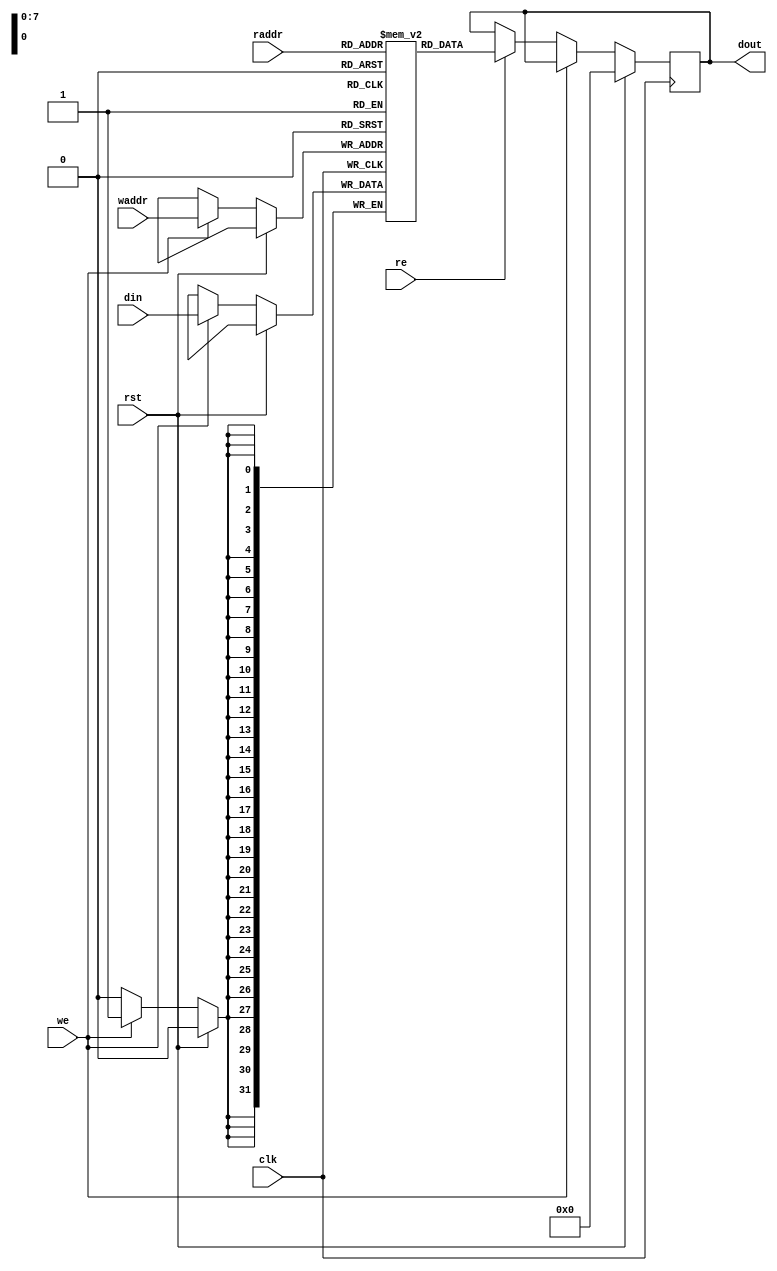

module mem_ram #
(
  parameter DATA_WIDTH = 32,
  parameter ADDR_WIDTH = 8
)
(
  input clk,
  input rst,
  input we,
  input re,
  input [ADDR_WIDTH-1:0] raddr,
  input [ADDR_WIDTH-1:0] waddr,
  input [DATA_WIDTH-1:0] din,
  output reg [DATA_WIDTH-1:0] dout
);

  // (*RAM_STYLE = "{AUTO | BLOCK |  BLOCK_POWER1 | BLOCK_POWER2}" *)
  (* ramstyle = "no_rw_check" *)
  reg [DATA_WIDTH-1:0] mem [0:2**ADDR_WIDTH-1];

  always @(posedge clk) begin
    if(rst) begin
      dout <= 0;
    end else begin
      if(we) begin
        mem[waddr] <= din;
      end else if(re) begin
        dout <= mem[raddr];
      end 
    end
  end


endmodule